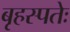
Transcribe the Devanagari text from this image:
बृहस्पतेः